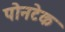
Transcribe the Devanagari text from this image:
पोनटेक